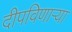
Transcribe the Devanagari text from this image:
दीपविणार्‍या